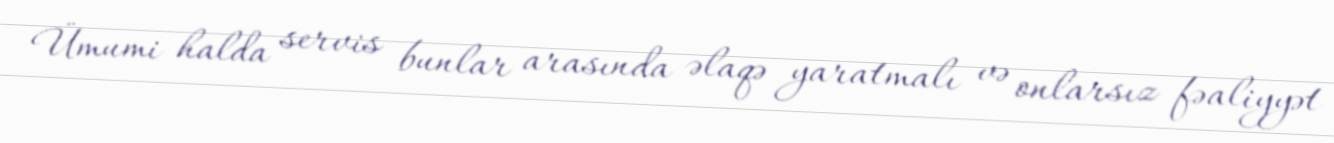
Ümumi halda servis bunlar arasında əlaqə yaratmalı və onlarsız fəaliyyət